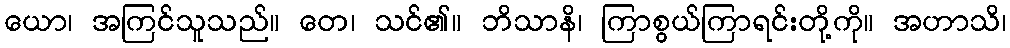
ယော၊ အကြင်သူသည်။ တေ၊ သင်၏။ ဘိသာနိ၊ ကြာစွယ်ကြာရင်းတို့ကို။ အဟာသိ၊